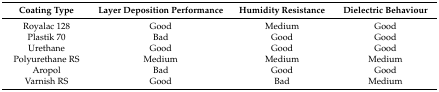
<table><thead><tr><td><b>Coating Type</b></td><td><b>Layer Deposition Performance</b></td><td><b>Humidity Resistance</b></td><td><b>Dielectric Behaviour</b></td></tr></thead><tbody><tr><td>Royalac 128</td><td>Good</td><td>Medium</td><td>Good</td></tr><tr><td>Plastik 70</td><td>Bad</td><td>Good</td><td>Good</td></tr><tr><td>Urethane</td><td>Good</td><td>Good</td><td>Good</td></tr><tr><td>Polyurethane RS</td><td>Medium</td><td>Medium</td><td>Medium</td></tr><tr><td>Aropol</td><td>Bad</td><td>Good</td><td>Good</td></tr><tr><td>Varnish RS</td><td>Good</td><td>Bad</td><td>Medium</td></tr></tbody></table>